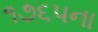
૧૭૬૫ના